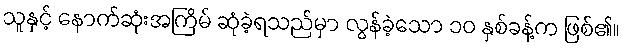
သူနှင့် နောက်ဆုံးအကြိမ် ဆုံခဲ့ရသည်မှာ လွန်ခဲ့သော ၁၀ နှစ်ခန့်က ဖြစ်၏။